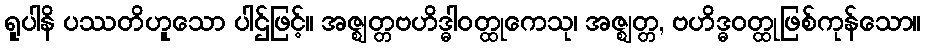
ရူပါနိ ပဿတိဟူသော ပါဌ်ဖြင့်။ အဇ္ဈတ္တဗဟိဒ္ဓါဝတ္ထုကေသု၊ အဇ္ဈတ္တ, ဗဟိဒ္ဓဝတ္ထုဖြစ်ကုန်သော။